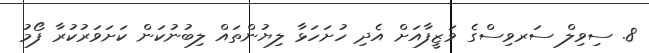
8. ސިވިލް ސަރވިސްގެ ވަޒީފާއަށް އެދި ހުށަހަޅާ ލިޔުންތައް ލިބުނުކަން ކަށަވަރުކުރާ ފޯމު